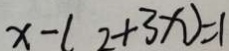
x - ( 2 + 3 x ) = 1